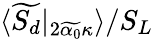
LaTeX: \langle\widetilde{S_{d}}|_{2\widetilde{\alpha_{0}}\kappa}\rangle/S_{L}